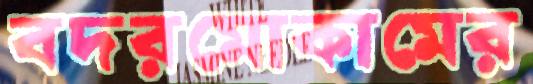
বদরমোকামের